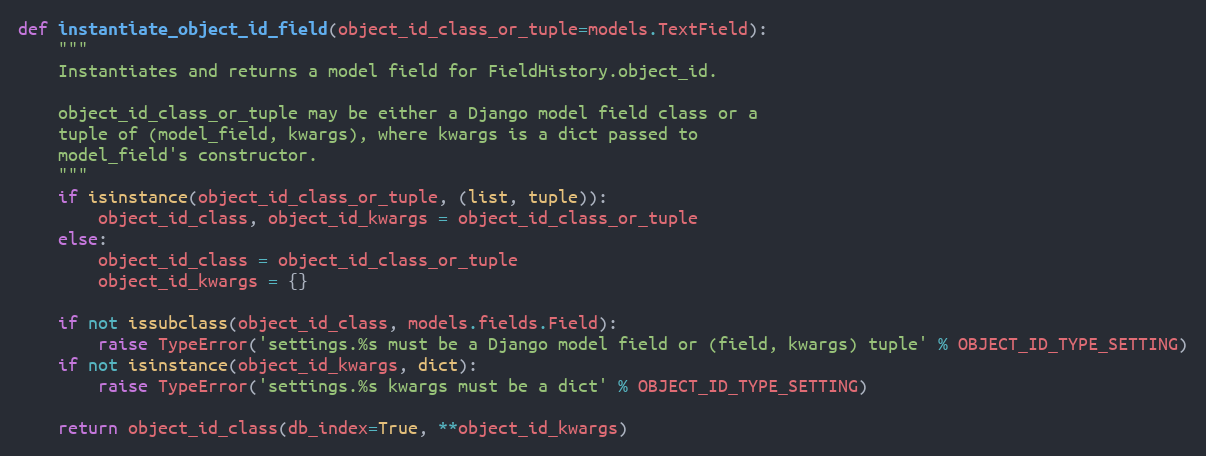
Language: Python
def instantiate_object_id_field(object_id_class_or_tuple=models.TextField):
    """
    Instantiates and returns a model field for FieldHistory.object_id.

    object_id_class_or_tuple may be either a Django model field class or a
    tuple of (model_field, kwargs), where kwargs is a dict passed to
    model_field's constructor.
    """
    if isinstance(object_id_class_or_tuple, (list, tuple)):
        object_id_class, object_id_kwargs = object_id_class_or_tuple
    else:
        object_id_class = object_id_class_or_tuple
        object_id_kwargs = {}

    if not issubclass(object_id_class, models.fields.Field):
        raise TypeError('settings.%s must be a Django model field or (field, kwargs) tuple' % OBJECT_ID_TYPE_SETTING)
    if not isinstance(object_id_kwargs, dict):
        raise TypeError('settings.%s kwargs must be a dict' % OBJECT_ID_TYPE_SETTING)

    return object_id_class(db_index=True, **object_id_kwargs)